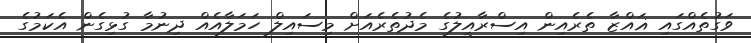
ވަގުތެއްގައި ޣައްޒާ ތެރެއިން އިސްރާއީލުގެ މެދުތެރެއަށް މިސައިލް ހަމަލާއެއް ދިނުމާ ގުޅިގެން އެކަމުގެ